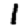
Digit: 1